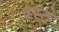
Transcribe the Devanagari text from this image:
दस्‍ते